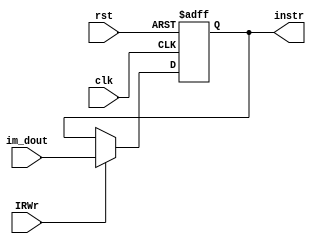
`timescale 1ns / 1ps
//////////////////////////////////////////////////////////////////////////////////
// Company: 
// Engineer: 
// 
// Design Name: 
// Module Name: IR
// Project Name: 
// Target Devices: 
// Tool Versions: 
// Description: 
// 
// Dependencies: 
// 
// Revision:
// Revision 0.01 - File Created
// Additional Comments:
// 
//////////////////////////////////////////////////////////////////////////////////


module IR (clk, rst, IRWr, im_dout, instr);
               
   input         clk;
   input         rst;
   input         IRWr; 
   input  [31:0] im_dout;
   output [31:0] instr;
   
   reg [31:0] instr;
               
   always @(posedge clk or posedge rst) begin
      if ( rst ) 
         instr <= 0;
      else if (IRWr)
         instr <= im_dout;
   end // end always
      
endmodule